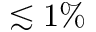
\lesssim 1 \%